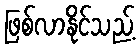
ဖြစ်လာနိုင်သည့်